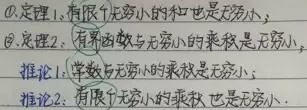
\textcircled{1}定理 1：有限个无穷小的和也是无穷小；
\textcircled{2}定理 2：有界函数与无穷小的乘积是无穷小；
- 推论 1：常数与无穷小的乘积是无穷小；
- 推论 2：有限个无穷小的乘积也是无穷小。